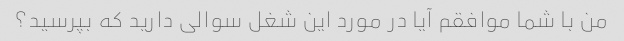
من با شما موافقم آیا در مورد این شغل سوالی دارید که بپرسید؟